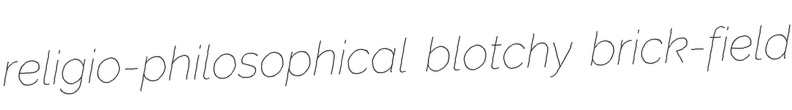
religio-philosophical blotchy brick-field